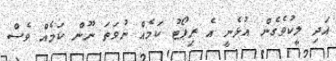
އަދި ލީކުވެގެން އުޅެނީ އެ ރިޕޯޓު ކަމެއް ނުވަތަ ނޫން ކަމެއް ވެސް